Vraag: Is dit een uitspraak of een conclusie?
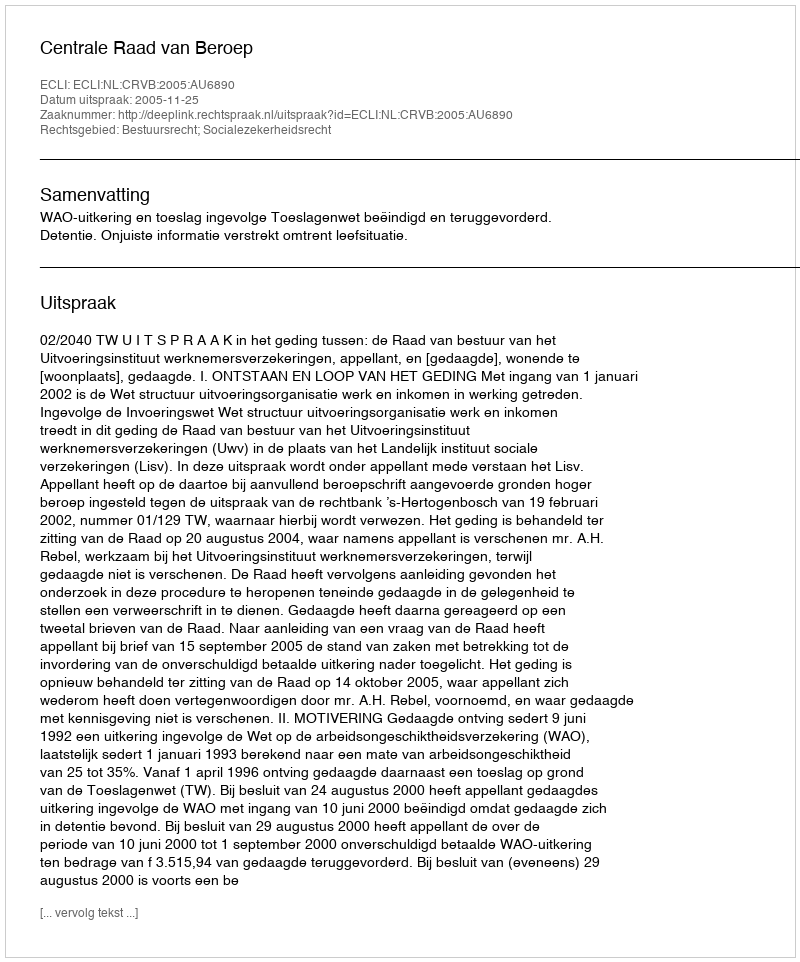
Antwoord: Uitspraak